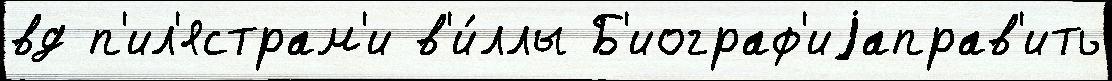
вд п'ил'ястрам'и в'и́ллы Б'иограф'иjаправ'ить